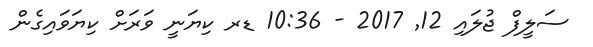
ސަލީފް ޖުލައި 12